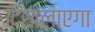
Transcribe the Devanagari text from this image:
दिखलाएगा